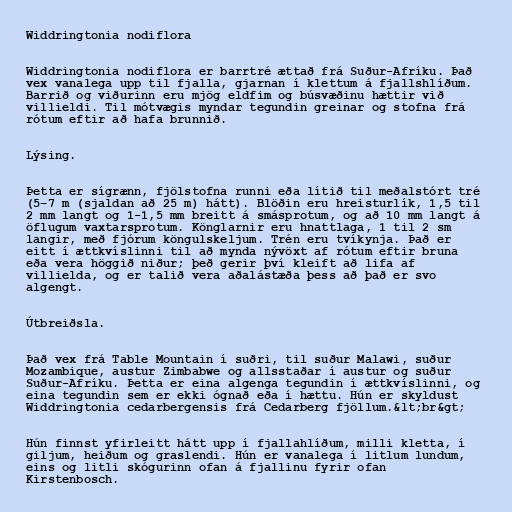
Widdringtonia nodiflora

Widdringtonia nodiflora er barrtré ættað frá Suður-Afríku. Það
vex vanalega upp til fjalla, gjarnan í klettum á fjallshlíðum.
Barrið og viðurinn eru mjög eldfim og búsvæðinu hættir við
villieldi. Til mótvægis myndar tegundin greinar og stofna frá
rótum eftir að hafa brunnið.

Lýsing.

Þetta er sígrænn, fjölstofna runni eða lítið til meðalstórt tré
(5–7 m (sjaldan að 25 m) hátt). Blöðin eru hreisturlík, 1,5 til
2 mm langt og 1-1,5 mm breitt á smásprotum, og að 10 mm langt á
öflugum vaxtarsprotum. Könglarnir eru hnattlaga, 1 til 2 sm
langir, með fjórum köngulskeljum. Trén eru tvíkynja. Það er
eitt í ættkvíslinni til að mynda nývöxt af rótum eftir bruna
eða vera höggið niður; þeð gerir því kleift að lifa af
villielda, og er talið vera aðalástæða þess að það er svo
algengt.

Útbreiðsla.

Það vex frá Table Mountain í suðri, til suður Malawi, suður
Mozambique, austur Zimbabwe og allsstaðar í austur og suður
Suður-Afríku. Þetta er eina algenga tegundin í ættkvíslinni, og
eina tegundin sem er ekki ógnað eða í hættu. Hún er skyldust
Widdringtonia cedarbergensis frá Cedarberg fjöllum.&lt;br&gt;

Hún finnst yfirleitt hátt upp í fjallahlíðum, milli kletta, í
giljum, heiðum og graslendi. Hún er vanalega í litlum lundum,
eins og litli skógurinn ofan á fjallinu fyrir ofan
Kirstenbosch.